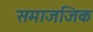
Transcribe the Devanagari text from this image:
समाजजिक